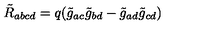
\tilde { R } _ { a b c d } = q ( \tilde { g } _ { a c } \tilde { g } _ { b d } - \tilde { g } _ { a d } \tilde { g } _ { c d } )